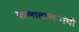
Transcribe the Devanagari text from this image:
कलादालनांची